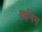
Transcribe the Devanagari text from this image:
वर्धनम